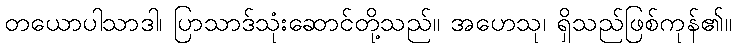
တယောပါသာဒါ၊ ပြာသာဒ်သုံးဆောင်တို့သည်။ အဟေသု၊ ရှိသည်ဖြစ်ကုန်၏။